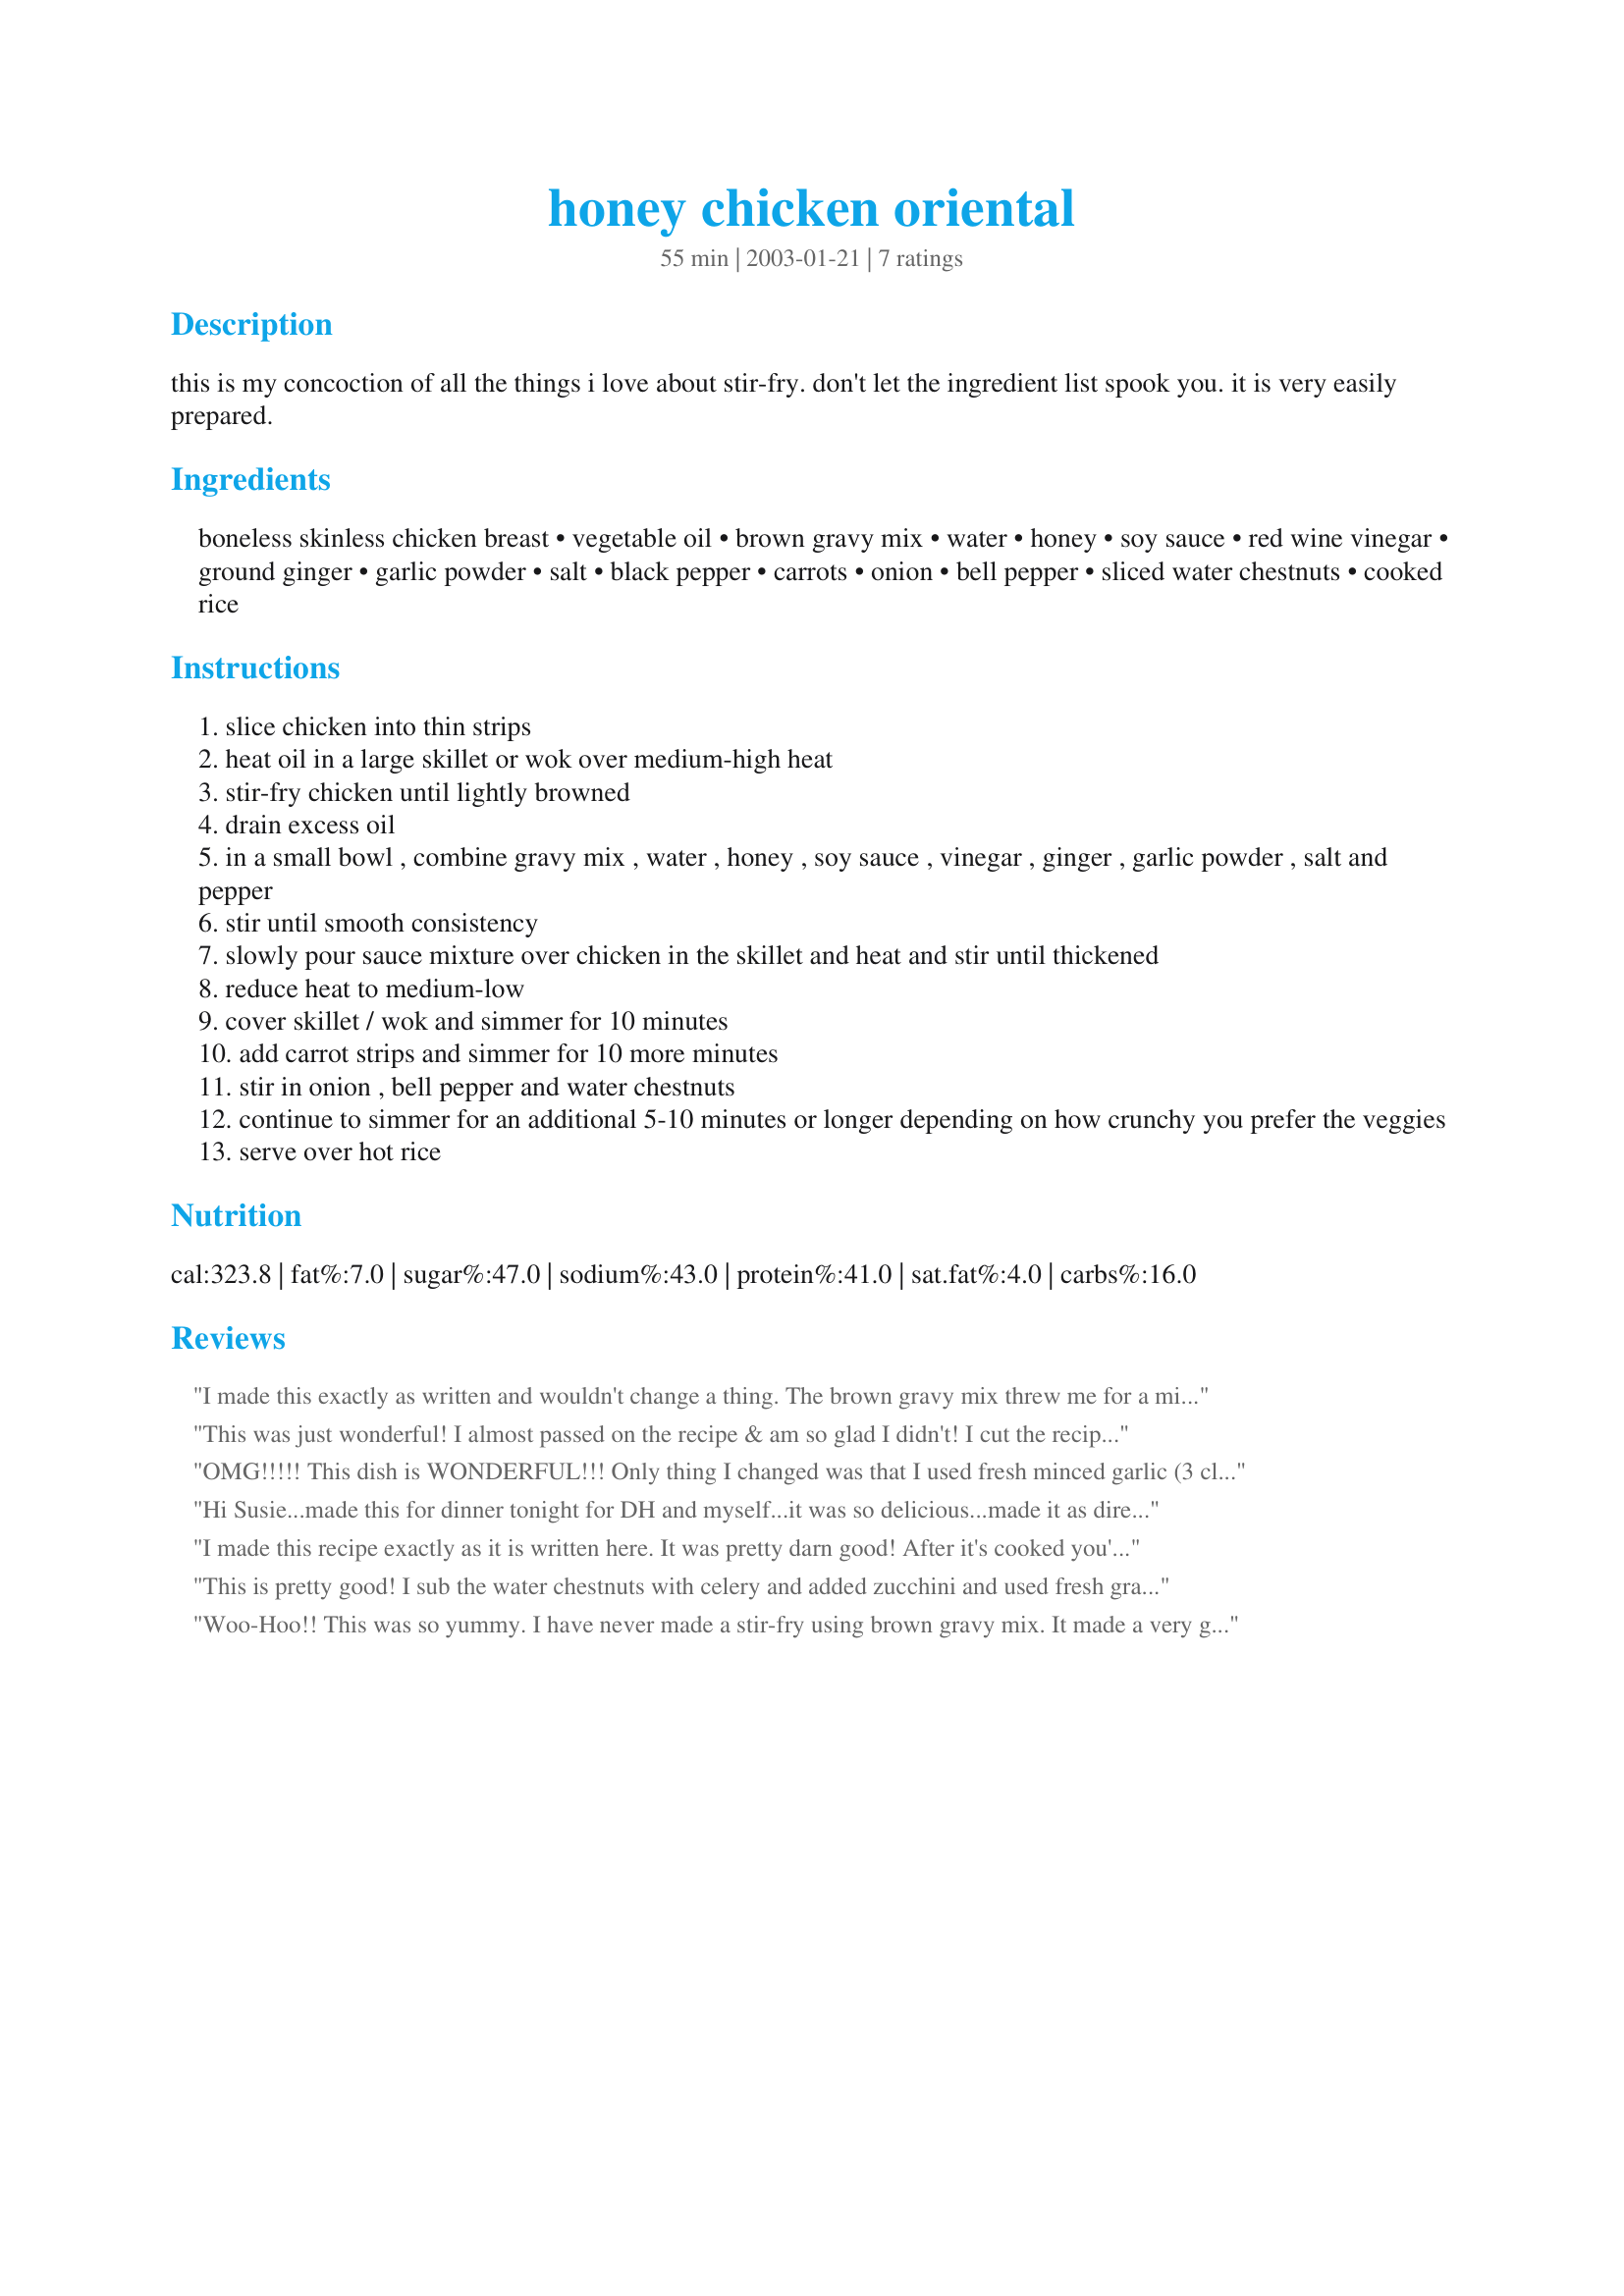
honey chicken oriental
Preparation time: 55 minutes

this is my concoction of all the things i love about stir-fry. don't let the ingredient list spook you. it is very easily prepared.

Ingredients:
boneless skinless chicken breast, vegetable oil, brown gravy mix, water, honey, soy sauce, red wine vinegar, ground ginger, garlic powder, salt, black pepper, carrots, onion, bell pepper, sliced water chestnuts, cooked rice

Steps:
slice chicken into thin strips
heat oil in a large skillet or wok over medium-high heat
stir-fry chicken until lightly browned
drain excess oil
in a small bowl , combine gravy mix , water , honey , soy sauce , vinegar , ginger , garlic powder , salt and pepper
stir until smooth consistency
slowly pour sauce mixture over chicken in the skillet and heat and stir until thickened
reduce heat to medium-low
cover skillet / wok and simmer for 10 minutes
add carrot strips and simmer for 10 more minutes
stir in onion , bell pepper and water chestnuts
continue to simmer for an additional 5-10 minutes or longer depending on how crunchy you prefer the veggies
serve over hot rice

Reviews:
I made this exactly as written and wouldn't change a thing. The brown gravy mix threw me for a minute but it made the best sauce ever! Who would have ever thought. We loved the crunch of the water chestnuts! If you are looking for a quick, easy and delicious meal, this is it. I served it over rice as you suggested. WONDERFUL!

This was just wonderful! I almost passed on the recipe & am so glad I didn't! I cut the recipe back for 1 person, but next time will make just a little more sauce for more flavor. It still had a delicious flavor; just felt it needed a tad more of it. I used carrots, chopped zucchini & broccoli as my veggies-forgot the onion & served it over a small amount of whole wheat angel hair pasta. It was so easy, too! I simmered the veggies with the meat covered since I was a bit unsure from the directions. Finally, a nice, healthy stir fry for myself! Thank u very much for sharing.
OMG!!!!! This dish is WONDERFUL!!! Only thing I changed was that I used fresh minced garlic (3 cloves) instead of powder and added it to the sauce, and I used half green pepper and half red pepper, which gave it a beautiful color. Very easy, and the sauce is just out of this world!! Definitely a keeper! Thanks:)
~Manda
Hi Susie...made this for dinner tonight for DH and myself...it was so delicious...made it as directed in my wok, only I did add fresh garlic (and lots of it!)...we enjoyed this with rice...this is a winner, and I look forward to making this again very soon...thanks for posting Susie in Texas...KC :-)
I made this recipe exactly as it is written here. It was pretty darn good! After it's cooked you'd never be able to tell that there was brown gravy mix in it. I did, however, feel that the dish was lacking a little bit of flavor even after adding more soy sauce. I will make this again, and I would recommend trying this recipe!
This is pretty good! I sub the water chestnuts with celery and added zucchini and used fresh grated ginger and fresh garlic cuz I'm a snob like that LOL. The sauce was surpirzingly tasty! who knew you could do so much with a pack of gravy mix! Oh and I used rice wine vin rather than the red wine vin...it's lighter. I was thinking of using mirin next time to see how that goes. It is easy easy and very good...you really can't go wrong adding any stir fry veggie or even using sliced beef. I'll make it again! :)
Woo-Hoo!! This was so yummy. I have never made a stir-fry using brown gravy mix. It made a very good base for the sauce. I used everything in your ingredient list (never been afraid of a lot of ingredients). The sauce was well seasoned. The vegetables added lots of color, crunch, and great flavor. This is very healthy and my family and I loved it. Thanks for sharing it.
